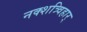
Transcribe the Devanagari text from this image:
नक्शत्र्विहार्